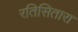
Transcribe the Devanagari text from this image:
रतिसितारा